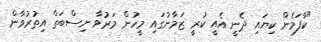
"ކާފަމެން ކިޔައި ދެނީ އެއީ ކުރީ ޒަމާނުގައި މީހުން މަރުވާ ނިސްބަތް އިތުރުވާން